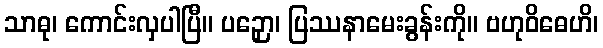
သာဓု၊ ကောင်းလှပါပြီ။ ပဉှော၊ ပြဿနာမေးခွန်းကို။ ဗဟုဝိဓေဟိ၊